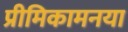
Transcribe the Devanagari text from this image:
प्रीमिकामनया